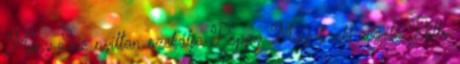
Mary Sue nyíltan szekálja Poppy May-t, aki régóta Billy